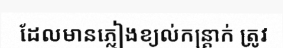
ដែលមានភ្លៀងខ្យល់កន្ត្រាក់ ត្រូវ